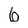
Character: 6